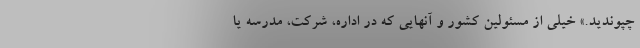
چپوندید.» خیلی از مسئولین کشور و آنهایی که در اداره، شرکت، مدرسه یا